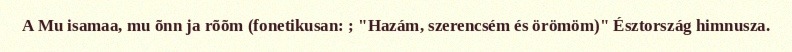
A Mu isamaa, mu õnn ja rõõm (fonetikusan: ; "Hazám, szerencsém és örömöm)" Észtország himnusza.